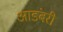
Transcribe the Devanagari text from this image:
आडंबरी